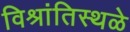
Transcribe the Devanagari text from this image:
विश्रांतिस्थळे